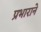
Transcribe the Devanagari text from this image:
प्रभाराने